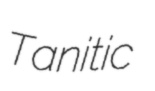
Tanitic